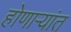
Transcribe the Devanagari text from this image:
होणार्‍यांत